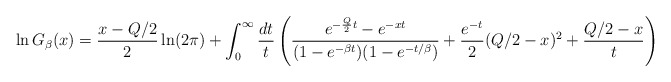
\begin{align*} && \ln G_\beta(x) = \frac{x-Q/2}{2} \ln (2 \pi) + \int_0^\infty \frac{dt}{t} \left( \frac{e^{- \frac{Q}{2} t} - e^{- x t}}{(1-e^{-\beta t})(1-e^{-t/\beta})}+\frac{e^{-t}}{2} (Q/2-x)^2 + \frac{Q/2-x}{t} \right)\end{align*}